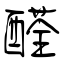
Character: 醛